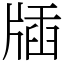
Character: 牐